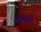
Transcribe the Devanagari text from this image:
होवें।